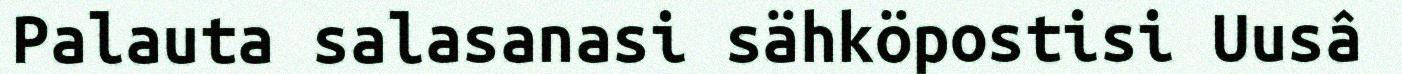
Palauta salasanasi sähköpostisi Uusâ